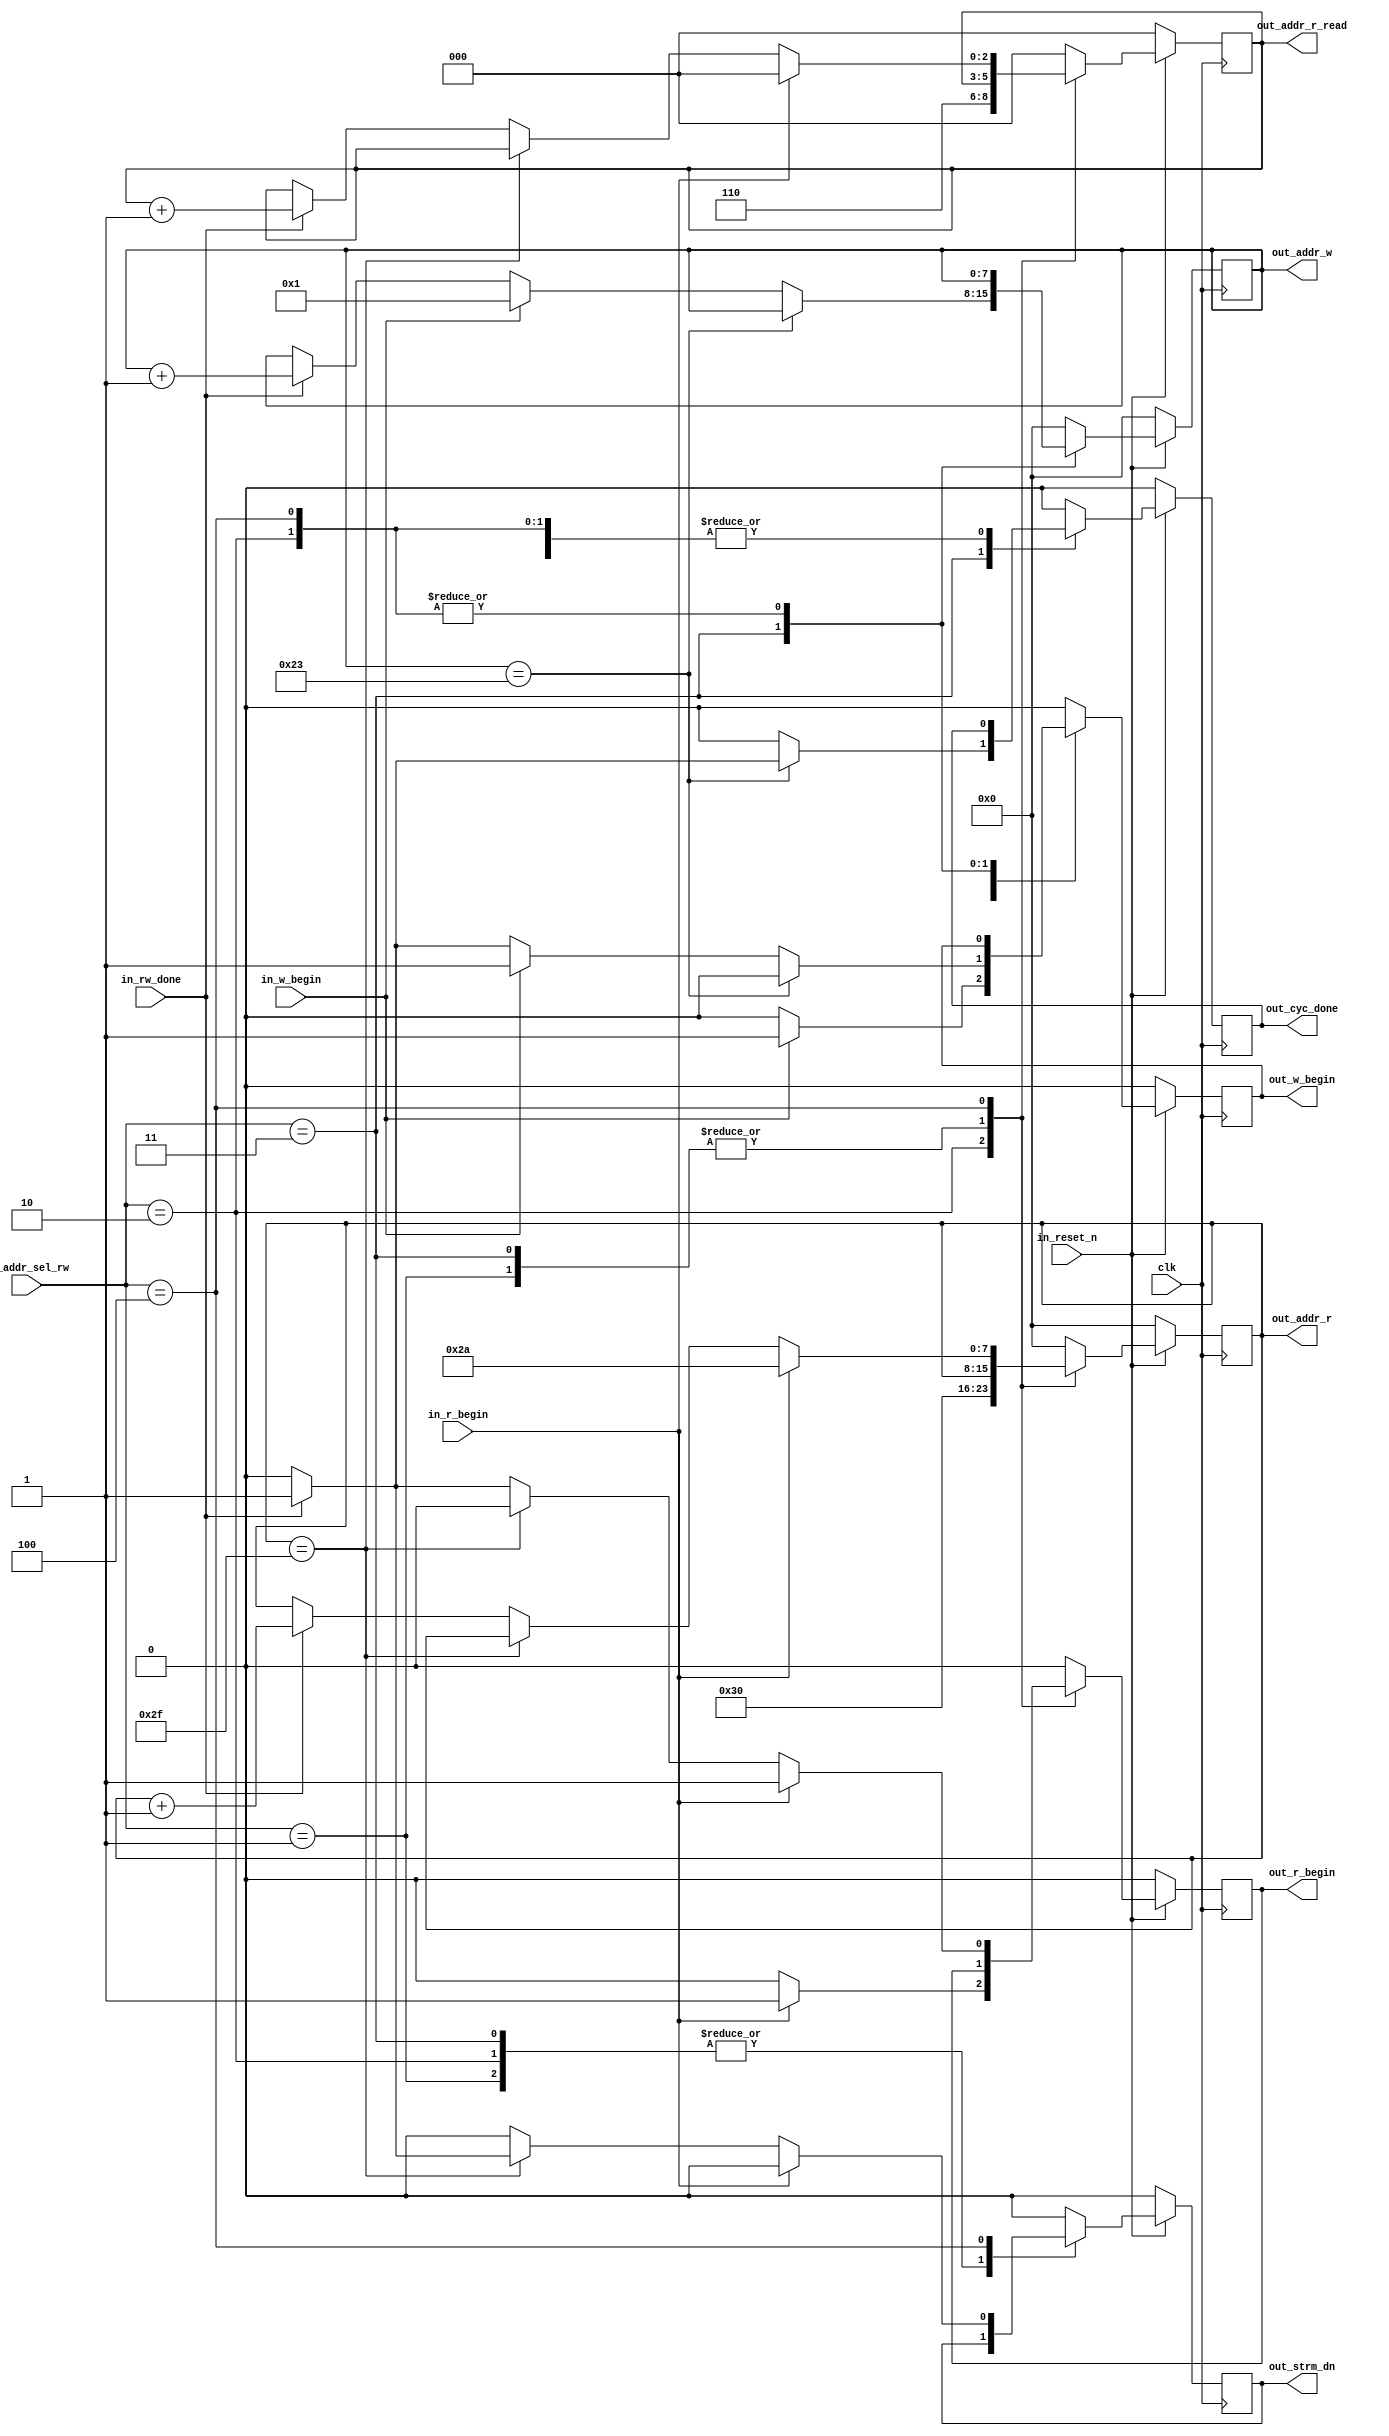
module addr_sel


(

//TOP MODULE
input clk,

//FSM
input in_reset_n,

input [2:0] in_addr_sel_rw,
input in_r_begin,
input in_w_begin,
output reg out_cyc_done,

//SPI
output reg [7:0] out_addr_r, 
output reg out_r_begin,
input in_rw_done,

//DATA BUFFER
output reg out_strm_dn,

//WRITE RAM
output reg [7:0] out_addr_w,
output reg out_w_begin,

//read ram
output reg [2:0] out_addr_r_read //same as out_addr_r only 
								 //regs are mapped for read ram

);


reg [2:0] stream_cycle;

always@(posedge clk)
begin
     if (~in_reset_n)
     		begin
     			out_cyc_done <= 0;
     			out_addr_r <= 0;
     			out_r_begin <= 0;
     			out_strm_dn <= 0;
     			out_addr_w <= 0;
     			out_w_begin <= 0;
     			out_addr_r_read <= 0;
     		end

     else 
     	begin
     		case (in_addr_sel_rw)
     			3'b000:
     				begin
     					out_addr_w <= 0;
     					out_w_begin <= 0;
     					out_addr_r <= 0;
     					out_r_begin <= 0;
     					out_addr_r_read <= 0;
     					out_cyc_done <= 0;
     					out_strm_dn <= 0;
     				end
     			3'b001: //send a zero addr. and DV pulse to write ram
     				begin
     					if(in_w_begin)
     						begin
     						out_addr_w <= 0;
     						out_w_begin <= 1;
     						end
     					else 
     						begin
     						out_addr_w <= 0;
     						out_w_begin <= 0;
     						end
     				end
     			3'b010: //send 48 to spi and read ram
     				begin
     					if(in_r_begin)
     						begin
     							out_addr_r <= 8'b00110000;
     							out_addr_r_read <= 3'b110;
     							out_r_begin <= 1;
     						end
     					else 
     						begin
     							out_addr_r <= 8'b00110000;
     							out_addr_r_read <= 3'b110;
     							out_r_begin <=0;
     						end
     				end
     			3'b011: //cycle through write config addresses
     				begin	
     					if (out_addr_w == 8'b00100011) //addr reaches 35
     						begin
     							if(in_rw_done)
     							begin
     								out_addr_w <= out_addr_w;
     								out_w_begin <= 0;
     								out_cyc_done <= 1;
     							end
     							else begin
     							out_addr_w <= out_addr_w;
     							out_w_begin <= 0;
     							out_cyc_done <= 0;
     							end
     						end
     						//skipping reg 30 cuts the signal for reg 30 in half, may cause problems
     					//else if (out_addr_w == 8'b00011110) //skip reg 31
     						//	begin
							//	out_addr_w <= out_addr_w + 1;
     						//	out_w_begin <= 0;
     						//	out_cyc_done <= 0; 
							//	end
     					else if(in_w_begin) //begin cycling
     						begin
     							out_addr_w <= 8'b00000001;
     							out_w_begin <= 1;
     							out_cyc_done <= 0;
     						end
     					else if (in_rw_done) //count up
     						begin
     							out_addr_w <= out_addr_w + 1;
     							out_w_begin <=1;
     							out_cyc_done <= 0;
     						end
     					else
     						begin
     							out_addr_w <= out_addr_w; //wait for any of above processes
     							out_w_begin <= 0;
     							out_cyc_done <= 0;
     						end
     				end
     			3'b100: //cycle through read stream regs
     				begin
     					
     					if (in_r_begin) //start at 42
     						begin
     							out_strm_dn <= 0;
     							out_addr_r <= 8'b00101010;
     							out_addr_r_read <= 0;
     							out_r_begin <= 1;
     						end
							else if (out_addr_r == 8'b00101111) //finish at 47
     						begin
     							if (in_rw_done)
     							begin
     							out_strm_dn <= 1;
     							out_addr_r <= out_addr_r;
     							out_addr_r_read <= out_addr_r_read;
     							out_r_begin <= 0;
     							end
     							else begin
     								out_strm_dn <= 0;
     								out_addr_r <= out_addr_r;
     								out_addr_r_read <= out_addr_r_read;
     								out_r_begin <= 0;
     							end
     						end
     					else if (in_rw_done) //count up
     						begin
     							out_strm_dn <= 0;
     							out_addr_r <= out_addr_r + 1;
     							out_addr_r_read <= out_addr_r_read + 1;
     							out_r_begin <= 1;
     						end
     					else   // wait for an above process to occur
     						begin
     							out_strm_dn <= 0;
     							out_addr_r <= out_addr_r;
     							out_addr_r_read <= out_addr_r_read;
     							out_r_begin <= 0;
     						end
     				end
     				default: 
     						begin
     					out_addr_w <= 0;
     					out_w_begin <= 0;
     					out_addr_r <= 0;
     					out_addr_r_read <= 0;
     					out_r_begin <= 0;
     					out_cyc_done <= 0;
     					out_strm_dn <= 0;
     						end

     		endcase
     	end	
end


endmodule